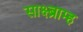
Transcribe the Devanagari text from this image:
साक्ष्ब्राम्ह